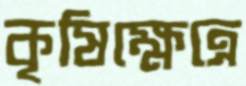
কৃষিক্ষেত্রে